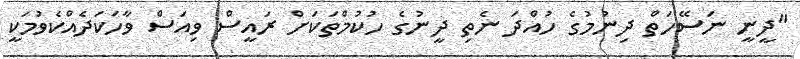
"ދީނީ ނަސޭހަތް ދިނުމުގެ ހުއްދަ ނެތި ދީނުގެ ހުކުމްތަކަށް ރައީސް ވިއަސް ވާހަކަދެއްކެވުމަކީ